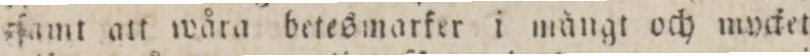
ſamt att wåra betesmarker i mångt och mycket